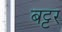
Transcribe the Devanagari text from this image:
बट्टर